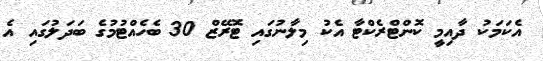
އެކަމަކު ދާއިމީ ކޮންޓްރެކްޓާ އެކު މިލާނުގައި ޓޮރޭޒް 30 ބެހެއްޓުމުގެ ބަދަލުގައި އެ